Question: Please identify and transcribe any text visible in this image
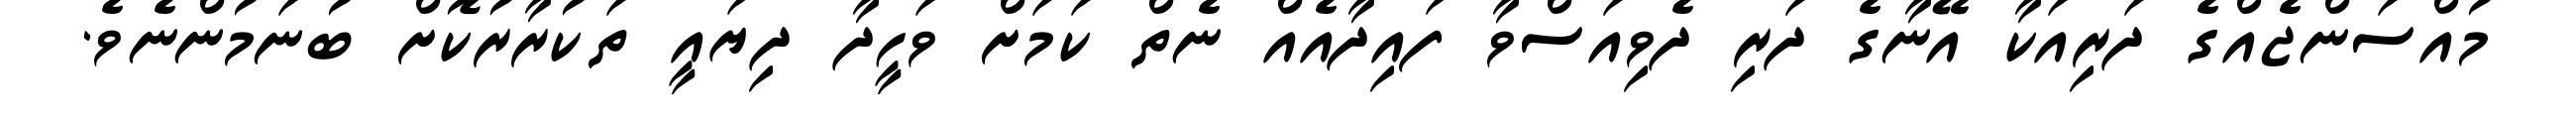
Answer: މުއްސަންޖެއްގެ ދަރިއަކާ އޭނާގެ ދަރި ދެވިއަސްވާ ފައިދާއެއް ނެތް ކަމަށް ވަހީދާ ދިޔައީ ތަކުރާރުކޮށް ބުނަމުންނެވެ.